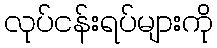
လုပ်ငန်းရပ်များကို